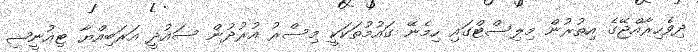
ދިވެހިރާއްޖޭގެ އިތުރުން މިލިސްޓްގައި ހިމެނޭ ގައުމުތަކަކީ މިސްރު އުރުދުން ސައުދީ އަރަބިއްޔާ ޓިއުނީޝި